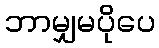
ဘာမျှမပိုပေ